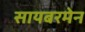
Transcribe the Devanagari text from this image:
सायबरमेन